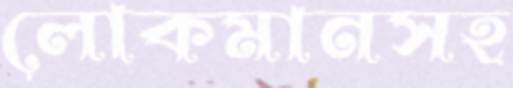
লোকমানসহ